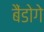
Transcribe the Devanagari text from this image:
बैंडोगे